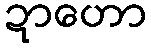
ဍာဟော